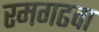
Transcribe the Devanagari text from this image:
रमगढवा